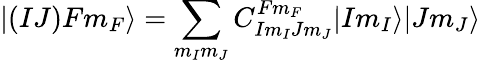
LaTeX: |(IJ)Fm_{F}\rangle=\sum_{m_{I}m_{J}}C_{Im_{I}Jm_{J}}^{Fm_{F}}|Im_{I}\rangle|Jm_{J}\rangle